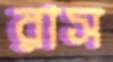
রাস